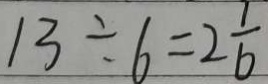
1 3 \div 6 = 2 \frac { 1 } { 6 }